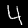
Digit: 4